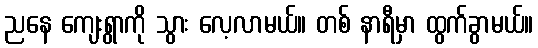
ညနေ ကျေးရွာကို သွား လေ့လာမယ်။ တစ် နာရီမှာ ထွက်ခွာမယ်။